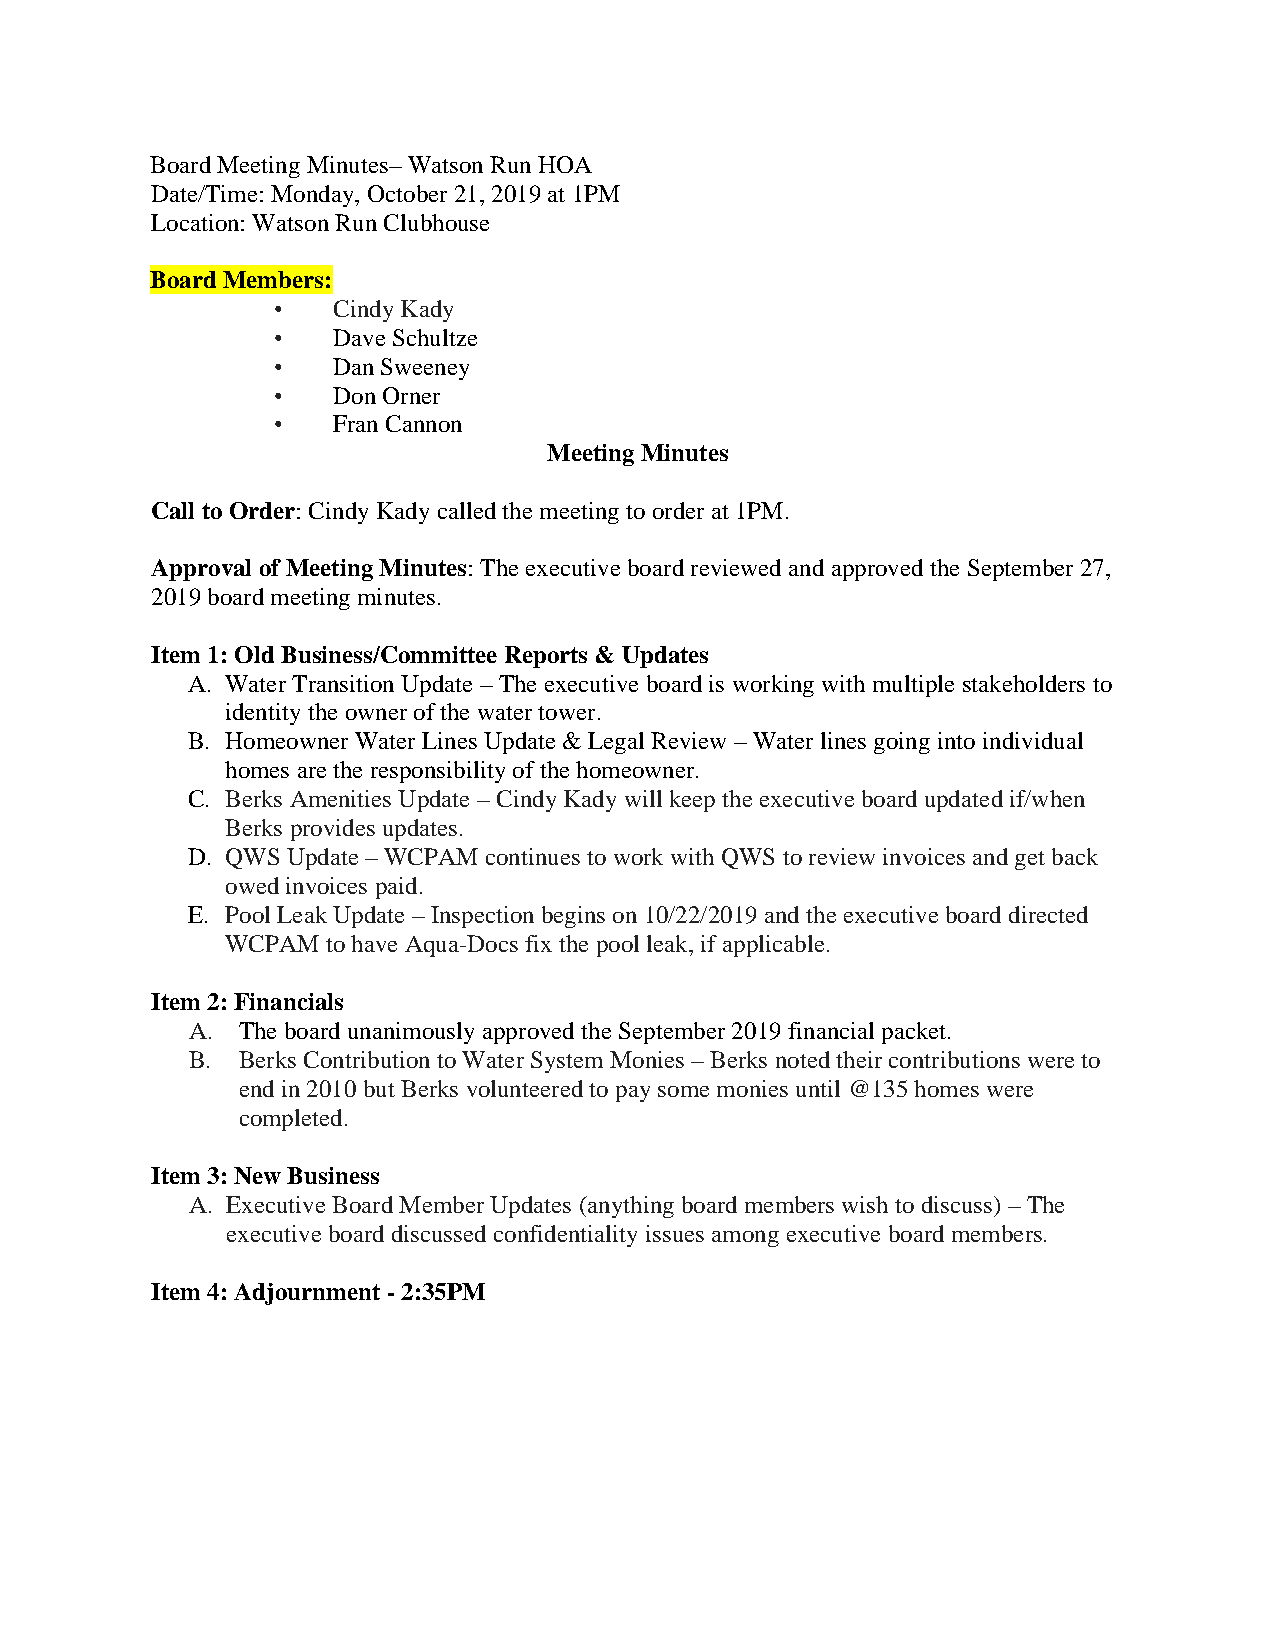
Board Meeting Minutes– Watson Run HOA
 Date/Time: Monday, October 21, 2019 at 1PM
 Location: Watson Run Clubhouse
 Board Members:
 •   Cindy Kady
 •   Dave Schultze
 •   Dan Sweeney
 •   Don Orner
 •   Fran Cannon
 Meeting Minutes
 Call to Order: Cindy Kady called the meeting to order at 1PM.
 Approval of Meeting Minutes: The executive board reviewed and approved the September 27,
 2019 board meeting minutes.
 Item 1: Old Business/Committee Reports & Updates
 A. Water Transition Update – The executive board is working with multiple stakeholders to
 identity the owner of the water tower.
 B. Homeowner Water Lines Update & Legal Review – Water lines going into individual
 homes are the responsibility of the homeowner.
 C. Berks Amenities Update – Cindy Kady will keep the executive board updated if/when
 Berks provides updates.
 D. QWS Update – WCPAM continues to work with QWS to review invoices and get back
 owed invoices paid.
 E. Pool Leak Update – Inspection begins on 10/22/2019 and the executive board directed
 WCPAM  to have Aqua-Docs fix the pool leak, if applicable.
 Item 2: Financials
 A.  The board unanimously approved the September 2019 financial packet.
 B.  Berks Contribution to Water System Monies – Berks noted their contributions were to
 end in 2010 but Berks volunteered to pay some monies until @135 homes were
 completed.
 Item 3: New Business
 A. Executive Board Member Updates (anything board members wish to discuss) – The
 executive board discussed confidentiality issues among executive board members.
 Item 4: Adjournment - 2:35PM